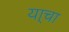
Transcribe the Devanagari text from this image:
या्चा